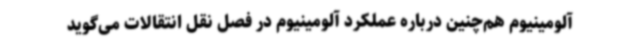
آلومینیوم هم‌چنین درباره عملکرد آلومینیوم در فصل نقل انتقالات می‌گوید